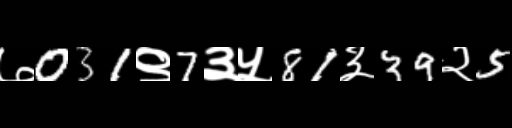
Text: ७031९7३५81३39२5